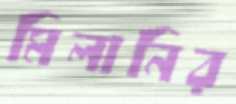
মিলানির